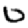
Digit: 0